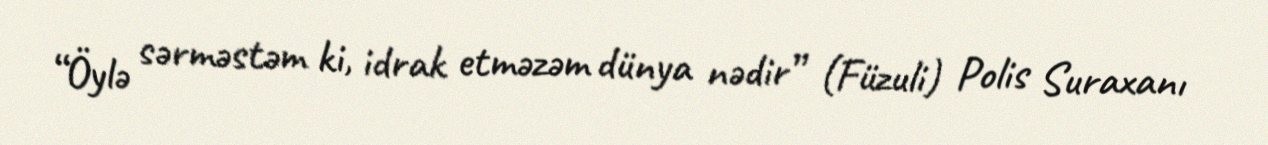
“Öylə sərməstəm ki, idrak etməzəm dünya nədir” (Füzuli) Polis Suraxanı